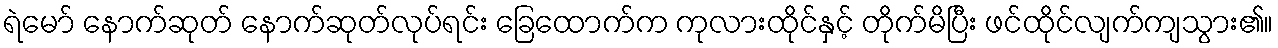
ရဲမော် နောက်ဆုတ် နောက်ဆုတ်လုပ်ရင်း ခြေထောက်က ကုလားထိုင်နှင့် တိုက်မိပြီး ဖင်ထိုင်လျက်ကျသွား၏။